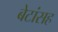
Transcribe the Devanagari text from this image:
बेटांसह